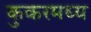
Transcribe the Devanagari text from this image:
कुकरमध्य